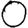
Digit: 0